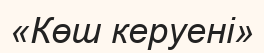
«Көш керуені»